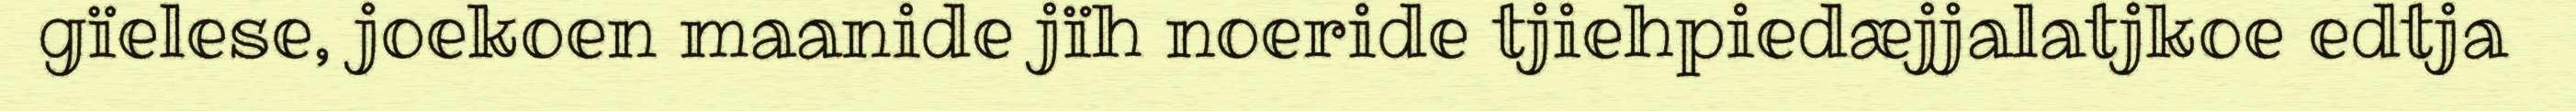
gïelese, joekoen maanide jïh noeride tjiehpiedæjjalatjkoe edtja